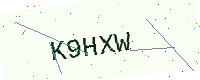
Text: K9HXW